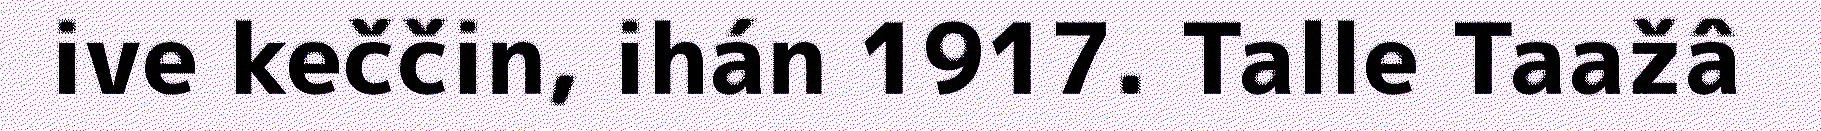
ive keččin, ihán 1917. Talle Taažâ